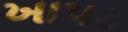
ખાપટ